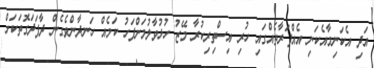
އަދި އެކަނިމާއެކަނި އެއްފަރާތެއްގައި ހުރި އިސްތިރިކުރާ މޭޒު ހުޅުވާލުމަށްފަހު ކަމެއް ހަނދާންވެގެން ދާފަދަގޮތަކަށް